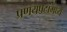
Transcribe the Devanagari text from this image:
प्रणयपटांमध्ये